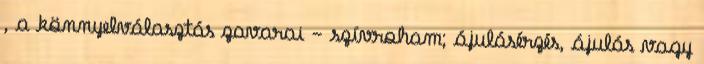
, a könnyelválasztás zavarai - szívroham; ájulásérzés, ájulás vagy